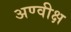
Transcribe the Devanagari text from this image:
अण्वीक्ष